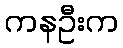
ကနဦးက